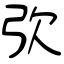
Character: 弞